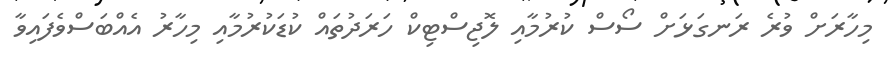
މިހާރަށް ވުރެ ރަނގަޅަށް ސޯސް ކުރުމާއި ލޮޖިސްޓިކް ހަރަދުތައް ކުޑަކުރުމާއި މިހާރު އެއްބަސްވެފައިވާ